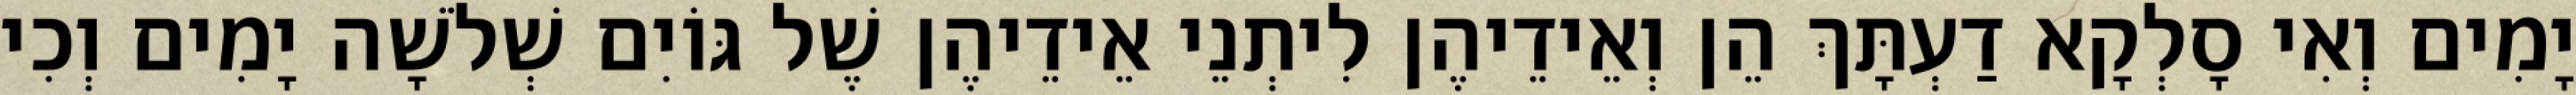
יָמִים וְאִי סָלְקָא דַעְתָּךְ הֵן וְאֵידֵיהֶן לִיתְנֵי אֵידֵיהֶן שֶׁל גּוֹיִם שְׁלֹשָׁה יָמִים וְכִי